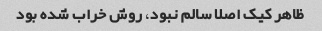
ظاهر کیک اصلا سالم نبود، روش خراب شده بود